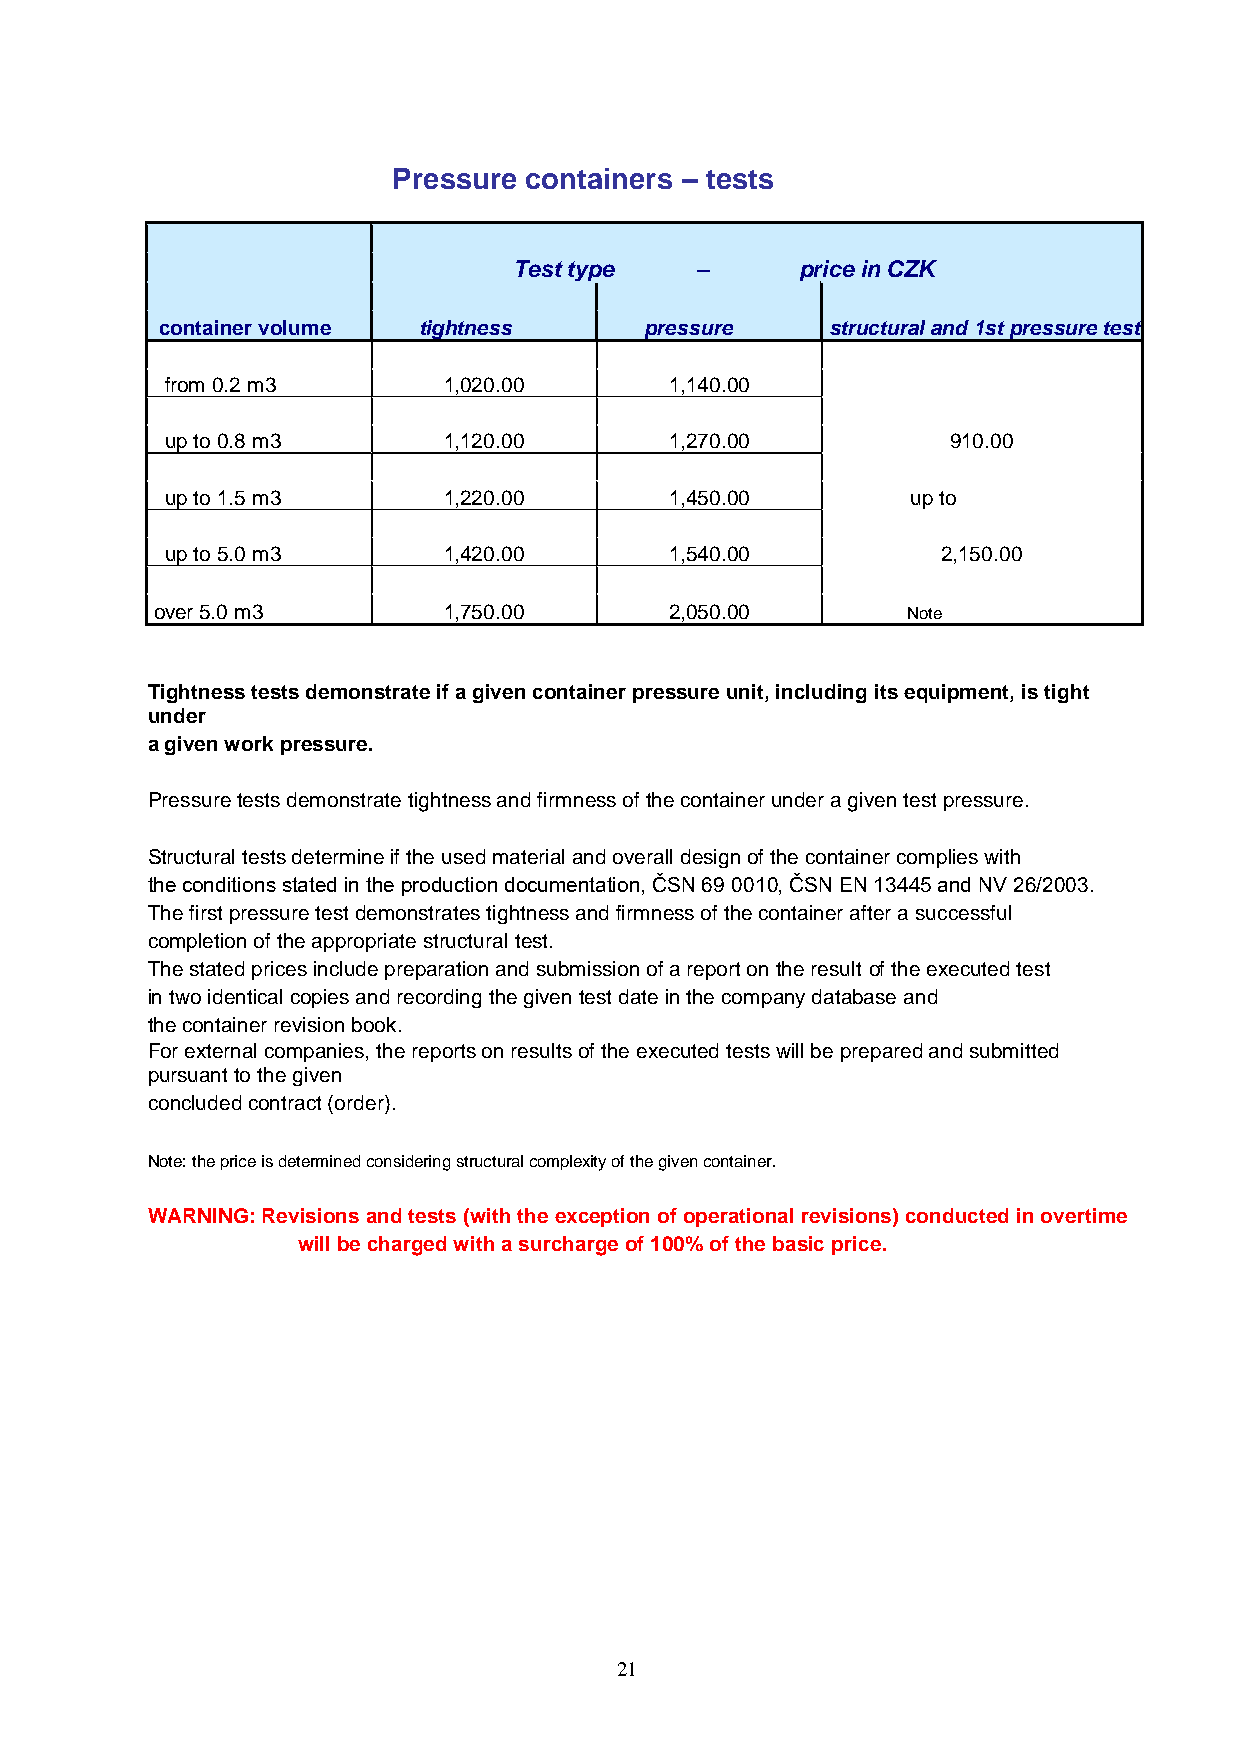
Pressure containers ‒ tests
 Test type   ‒      price in CZK
 container volume tightness      pressure    structural and 1st pressure test
 from 0.2 m3       1,020.00       1,140.00
 up to 0.8 m3      1,120.00       1,270.00           910.00
 up to 1.5 m3      1,220.00       1,450.00        up to
 up to 5.0 m3      1,420.00       1,540.00          2,150.00
 over 5.0 m3        1,750.00       2,050.00        Note
 Tightness tests demonstrate if a given container pressure unit, including its equipment, is tight
 under
 a given work pressure.
 Pressure tests demonstrate tightness and firmness of the container under a given test pressure.
 Structural tests determine if the used material and overall design of the container complies with
 the conditions stated in the production documentation, ČSN 69 0010, ČSN EN 13445 and NV 26/2003.
 The first pressure test demonstrates tightness and firmness of the container after a successful
 completion of the appropriate structural test.
 The stated prices include preparation and submission of a report on the result of the executed test
 in two identical copies and recording the given test date in the company database and
 the container revision book.
 For external companies, the reports on results of the executed tests will be prepared and submitted
 pursuant to the given
 concluded contract (order).
 Note: the price is determined considering structural complexity of the given container.
 WARNING: Revisions and tests (with the exception of operational revisions) conducted in overtime
 will be charged with a surcharge of 100% of the basic price.
 21